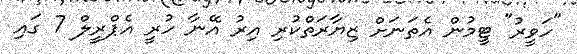
"ހަވީރު" ޓީމުން އެތަނަށް ޒިޔާރަތްކުރި އިރު އޭނާ ހުރީ އެޕްރީލް 7 ގައި